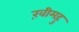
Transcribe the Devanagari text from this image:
ख़ीमहु